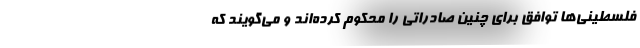
فلسطینی‌ها توافق برای چنین صادراتی را محکوم کرده‌اند و می‌گویند که